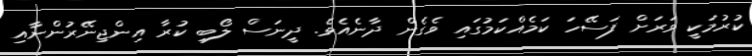
ކުރުމަކީ ވަރަށް ފަސޭހަ ކަމެއްކަމުގައި ވެގެން ދާނެއެވެ. ދީނަސް ލޯބި ކުރާ އިންޖިނޭރުންނާއި